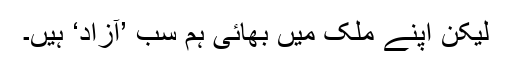
لیکن اپنے ملک میں بھائی ہم سب ’آزاد‘ ہیں۔